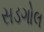
સડગોલ